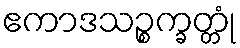
ဧကာဒသဉ္စက္ခတ္တုံ